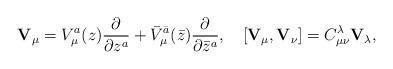
LaTeX: \begin{align*}{\bf V}_{\mu}= V_\mu^{a}(z)\frac{\partial}{\partial z^a}+{\bar V}_\mu^{\bar a}(\bar z) \frac{\partial}{\partial \bar z^a}, \quad [{\bf V}_{\mu},{\bf V}_{\nu}]=C_{\mu \nu}^{\lambda}{\bf V}_{\lambda} ,\end{align*}